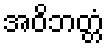
အဝိဘတ္တံ